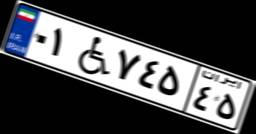
۰۱W۷۴۵۴۵